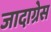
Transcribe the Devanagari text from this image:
जादाग्रेस